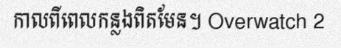
កាលពីពេលកន្លងពិតមែន។ Overwatch 2